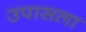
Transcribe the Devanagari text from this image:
उपासला